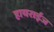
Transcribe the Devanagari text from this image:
हायराईज